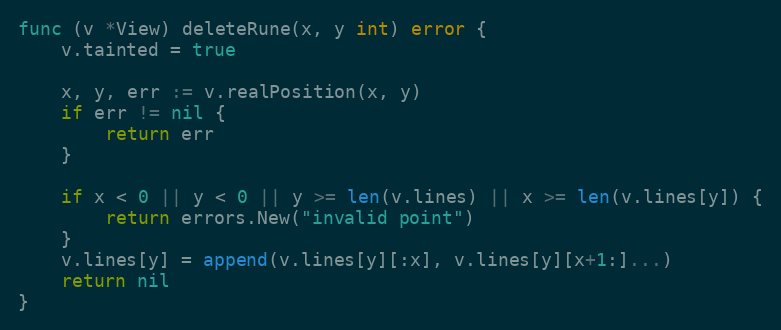
Language: Go
func (v *View) deleteRune(x, y int) error {
	v.tainted = true

	x, y, err := v.realPosition(x, y)
	if err != nil {
		return err
	}

	if x < 0 || y < 0 || y >= len(v.lines) || x >= len(v.lines[y]) {
		return errors.New("invalid point")
	}
	v.lines[y] = append(v.lines[y][:x], v.lines[y][x+1:]...)
	return nil
}